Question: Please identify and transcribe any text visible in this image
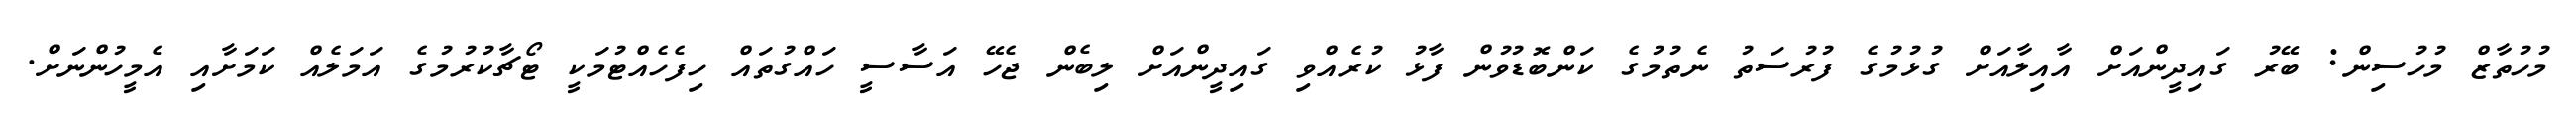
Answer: މުހުތާޒް މުހުސިން: ބޭރު ގައިދީންއަށް އާއިލާއަށް ގުޅުމުގެ ފުރުސަތު ނެތުމުގެ ކަންބޮޑުވުން ފާޅު ކުރެއްވި ގައިދީންއަށް ލިބެން ޖެހޭ އަސާސީ ހައްގުތައް ހިފެހެއްޓުމަކީ ޓޯޗާކުރުމުގެ އަމަލެއް ކަމަށާއި އެމީހުންނަށް.